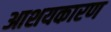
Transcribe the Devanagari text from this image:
आशयकारण